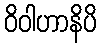
ဝိဝါဟာနိပိ